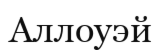
Аллоуэй